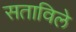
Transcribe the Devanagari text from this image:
सताविले